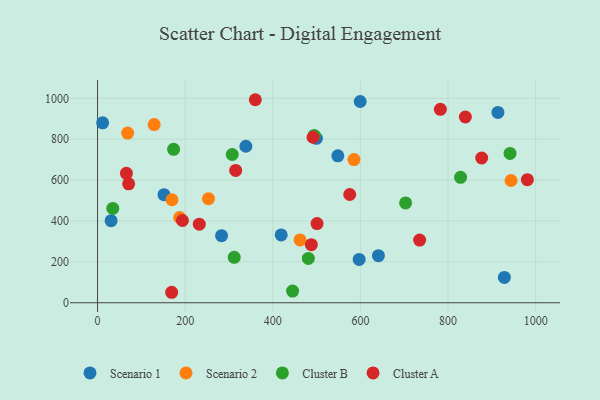
{"axis": {"x": "Investment", "y": "Demand"}, "legend": ["Cluster A", "Cluster B", "Scenario 1", "Scenario 2"], "data": [{"x": "419.2", "y": 332.0, "type": "Scenario 1"}, {"x": "151.7", "y": 528.9, "type": "Scenario 1"}, {"x": "11.6", "y": 880.1, "type": "Scenario 1"}, {"x": "30.9", "y": 401.5, "type": "Scenario 1"}, {"x": "599.5", "y": 984.6, "type": "Scenario 1"}, {"x": "913.9", "y": 930.9, "type": "Scenario 1"}, {"x": "597.1", "y": 212.0, "type": "Scenario 1"}, {"x": "928.6", "y": 123.7, "type": "Scenario 1"}, {"x": "283.1", "y": 328.0, "type": "Scenario 1"}, {"x": "338.6", "y": 765.6, "type": "Scenario 1"}, {"x": "641.1", "y": 230.3, "type": "Scenario 1"}, {"x": "499.6", "y": 804.5, "type": "Scenario 1"}, {"x": "548.5", "y": 718.7, "type": "Scenario 1"}, {"x": "129.2", "y": 871.4, "type": "Scenario 2"}, {"x": "68.7", "y": 830.2, "type": "Scenario 2"}, {"x": "585.3", "y": 700.2, "type": "Scenario 2"}, {"x": "187.5", "y": 417.0, "type": "Scenario 2"}, {"x": "169.9", "y": 504.0, "type": "Scenario 2"}, {"x": "253.2", "y": 509.2, "type": "Scenario 2"}, {"x": "943.8", "y": 598.0, "type": "Scenario 2"}, {"x": "462.2", "y": 307.6, "type": "Scenario 2"}, {"x": "307.4", "y": 725.3, "type": "Cluster B"}, {"x": "828.6", "y": 613.7, "type": "Cluster B"}, {"x": "481.2", "y": 217.0, "type": "Cluster B"}, {"x": "941.5", "y": 730.4, "type": "Cluster B"}, {"x": "312.0", "y": 222.2, "type": "Cluster B"}, {"x": "34.8", "y": 461.7, "type": "Cluster B"}, {"x": "173.6", "y": 750.6, "type": "Cluster B"}, {"x": "494.5", "y": 818.6, "type": "Cluster B"}, {"x": "703.1", "y": 488.5, "type": "Cluster B"}, {"x": "445.2", "y": 57.2, "type": "Cluster B"}, {"x": "575.6", "y": 529.5, "type": "Cluster A"}, {"x": "360.1", "y": 993.2, "type": "Cluster A"}, {"x": "981.1", "y": 602.1, "type": "Cluster A"}, {"x": "65.9", "y": 633.2, "type": "Cluster A"}, {"x": "169.2", "y": 51.3, "type": "Cluster A"}, {"x": "782.5", "y": 946.2, "type": "Cluster A"}, {"x": "232.2", "y": 384.2, "type": "Cluster A"}, {"x": "193.8", "y": 402.4, "type": "Cluster A"}, {"x": "488.0", "y": 284.0, "type": "Cluster A"}, {"x": "735.2", "y": 306.5, "type": "Cluster A"}, {"x": "315.3", "y": 647.5, "type": "Cluster A"}, {"x": "491.9", "y": 809.6, "type": "Cluster A"}, {"x": "71.0", "y": 581.7, "type": "Cluster A"}, {"x": "876.8", "y": 708.1, "type": "Cluster A"}, {"x": "839.6", "y": 908.7, "type": "Cluster A"}, {"x": "501.0", "y": 387.3, "type": "Cluster A"}]}